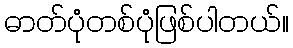
ဓာတ်ပုံတစ်ပုံဖြစ်ပါတယ်။